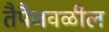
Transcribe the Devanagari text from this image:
तैपैजवळील